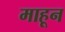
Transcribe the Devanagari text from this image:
माहून